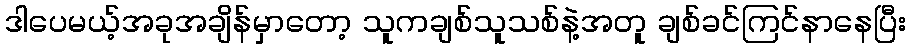
ဒါပေမယ့်အခုအချိန်မှာတော့ သူကချစ်သူသစ်နဲ့အတူ ချစ်ခင်ကြင်နာနေပြီး